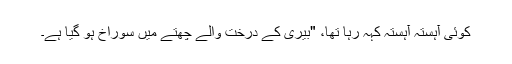
کوئی آہستہ آہستہ کہہ رہا تھا، "بیری کے درخت والے چھتّے میں سوراخ ہو گیا ہے۔